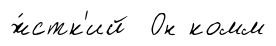
ж́стк'ий Он комм